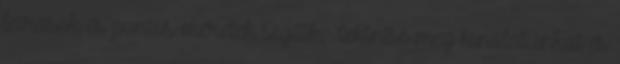
leírások és pontos méretek segítik. Tekintse meg kínálatunkat és